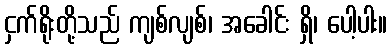
ငှက်ရိုးတို့သည် ကျစ်လျစ်၊ အခေါင်း ရှိ၊ ပေါ့ပါး။